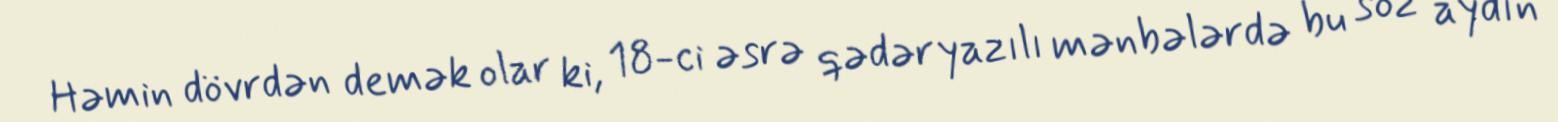
Həmin dövrdən demək olar ki, 18-ci əsrə qədər yazılı mənbələrdə bu söz aydın